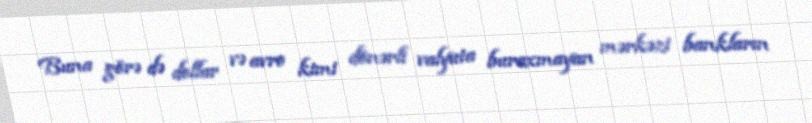
Buna görə də dollar və avro kimi dönərli valyuta buraxmayan mərkəzi bankların